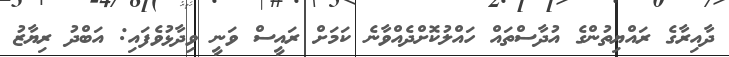
ދާއިރާގެ ރައްޔިތުންގެ އުދާސްތައް ހައްލުކޮށްދެއްވާނެ ކަމަށް ރައީސް ވަނީ ވިދާޅުވެފައި: އަބްދު ރިޔާޒު